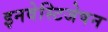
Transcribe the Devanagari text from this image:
इनवेस्टिजेषन